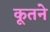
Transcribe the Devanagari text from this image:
कूतने